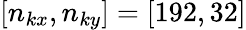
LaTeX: [n_{kx},n_{ky}]=[192,32]